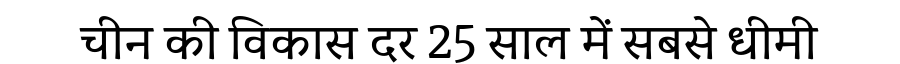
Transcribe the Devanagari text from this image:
चीन की विकास दर 25 साल में सबसे धीमी